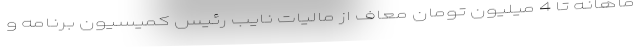
ماهانه تا 4 میلیون تومان معاف از مالیات نایب رئیس کمیسیون برنامه و